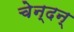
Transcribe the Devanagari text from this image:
चेन्दन्